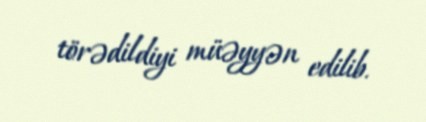
törədildiyi müəyyən edilib.